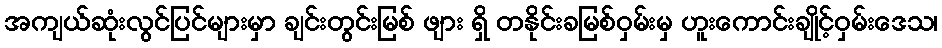
အကျယ်ဆုံးလွင်ပြင်များမှာ ချင်းတွင်းမြစ် ဖျား ရှိ တနိုင်းခမြစ်ဝှမ်းမှ ဟူးကောင်းချိုင့်ဝှမ်းဒေသ၊